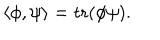
LaTeX: \langle \phi , \psi \rangle = \mathrm { t r } ( \phi \psi ) .